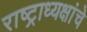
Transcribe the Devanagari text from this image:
राष्‍ट्राध्‍यक्षांचे